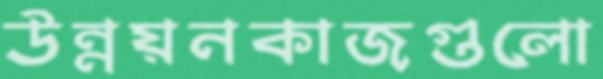
উন্নয়নকাজগুলো